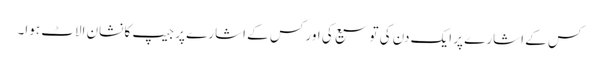
کس کے اشارے پر ایک دن کی توسیع کی اور کس کے اشارے پر جیپ کا نشان الاٹ ہوا۔